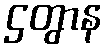
ဌတွာန